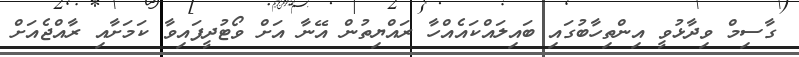
ގާސިމް ވިދާޅުވީ އިންތިހާބުގައި ބައިލައްކައެއްހާ ރައްޔިތުން އޭނާ އަށް ވޯޓުދީފައިވާ ކަމަށާއި ރާއްޖެއަށް